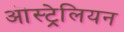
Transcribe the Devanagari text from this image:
ऒस्ट्रेलियन